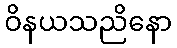
ဝိနယသညိနော